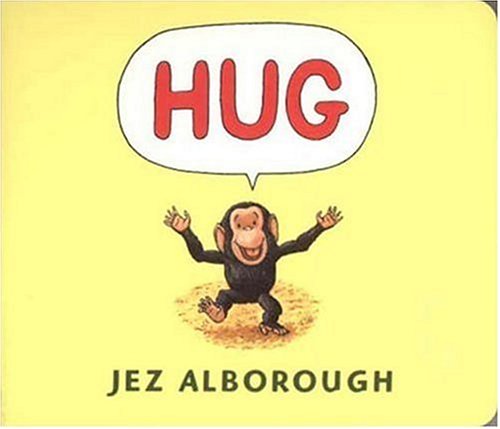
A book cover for Hug; Jez Alborough; Children's Books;